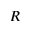
R